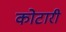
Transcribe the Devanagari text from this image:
कोटारी